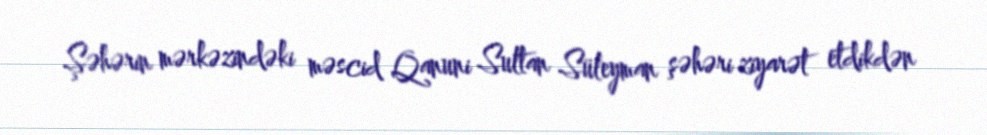
Şəhərin mərkəzindəki məscid Qanuni Sultan Süleyman şəhəri ziyarət etdikdən